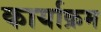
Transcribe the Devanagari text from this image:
कार्याक्रम